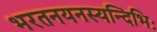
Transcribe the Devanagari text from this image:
भरतनयनस्यन्दिभिः